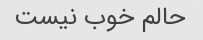
حالم خوب نیست